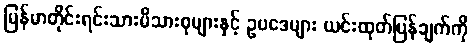
မြန်မာတိုင်းရင်းသားမိသားစုများနှင့် ဥပဒေများ ယင်းထုတ်ပြန်ချက်ကို